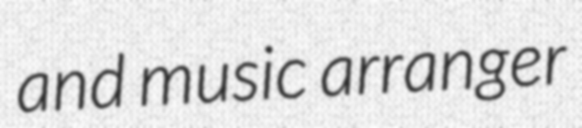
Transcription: and music arranger